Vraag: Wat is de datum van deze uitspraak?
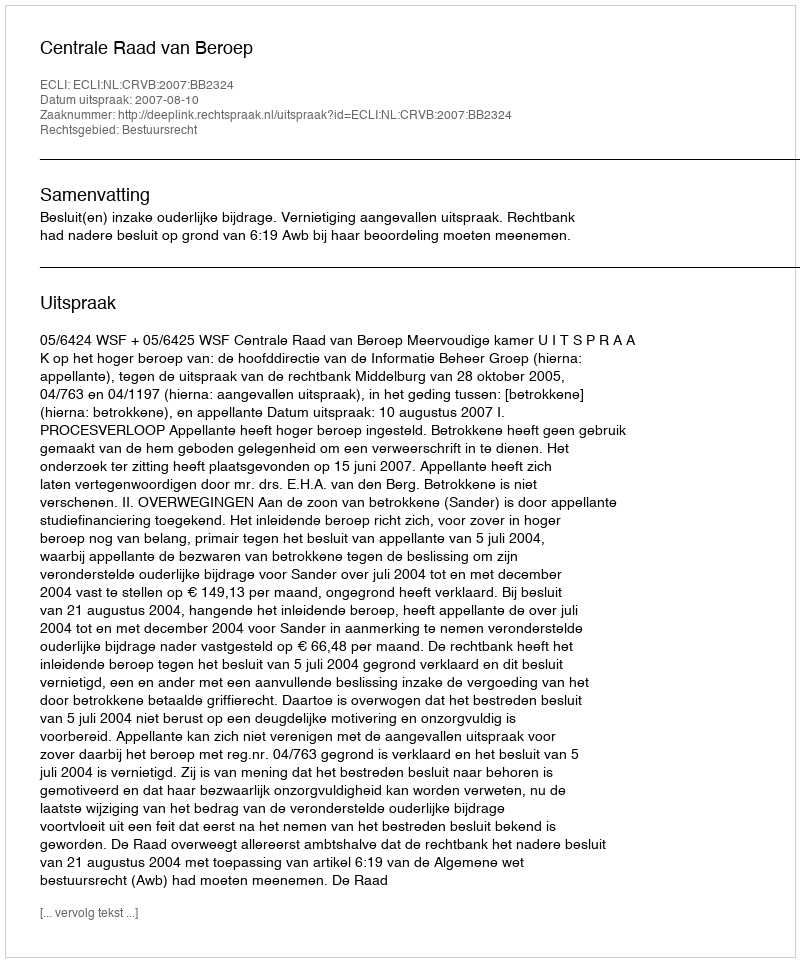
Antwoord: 2007-08-10